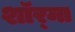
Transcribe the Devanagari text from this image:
शॉर्‌मा